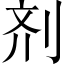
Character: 剂